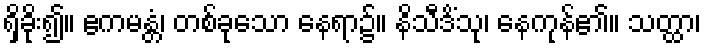
ရှိခိုး၍။ ဧကမန္တံ၊ တစ်ခုသော နေရာ၌။ နိသီဒိံသု၊ နေကုန်၏။ သတ္ထာ၊